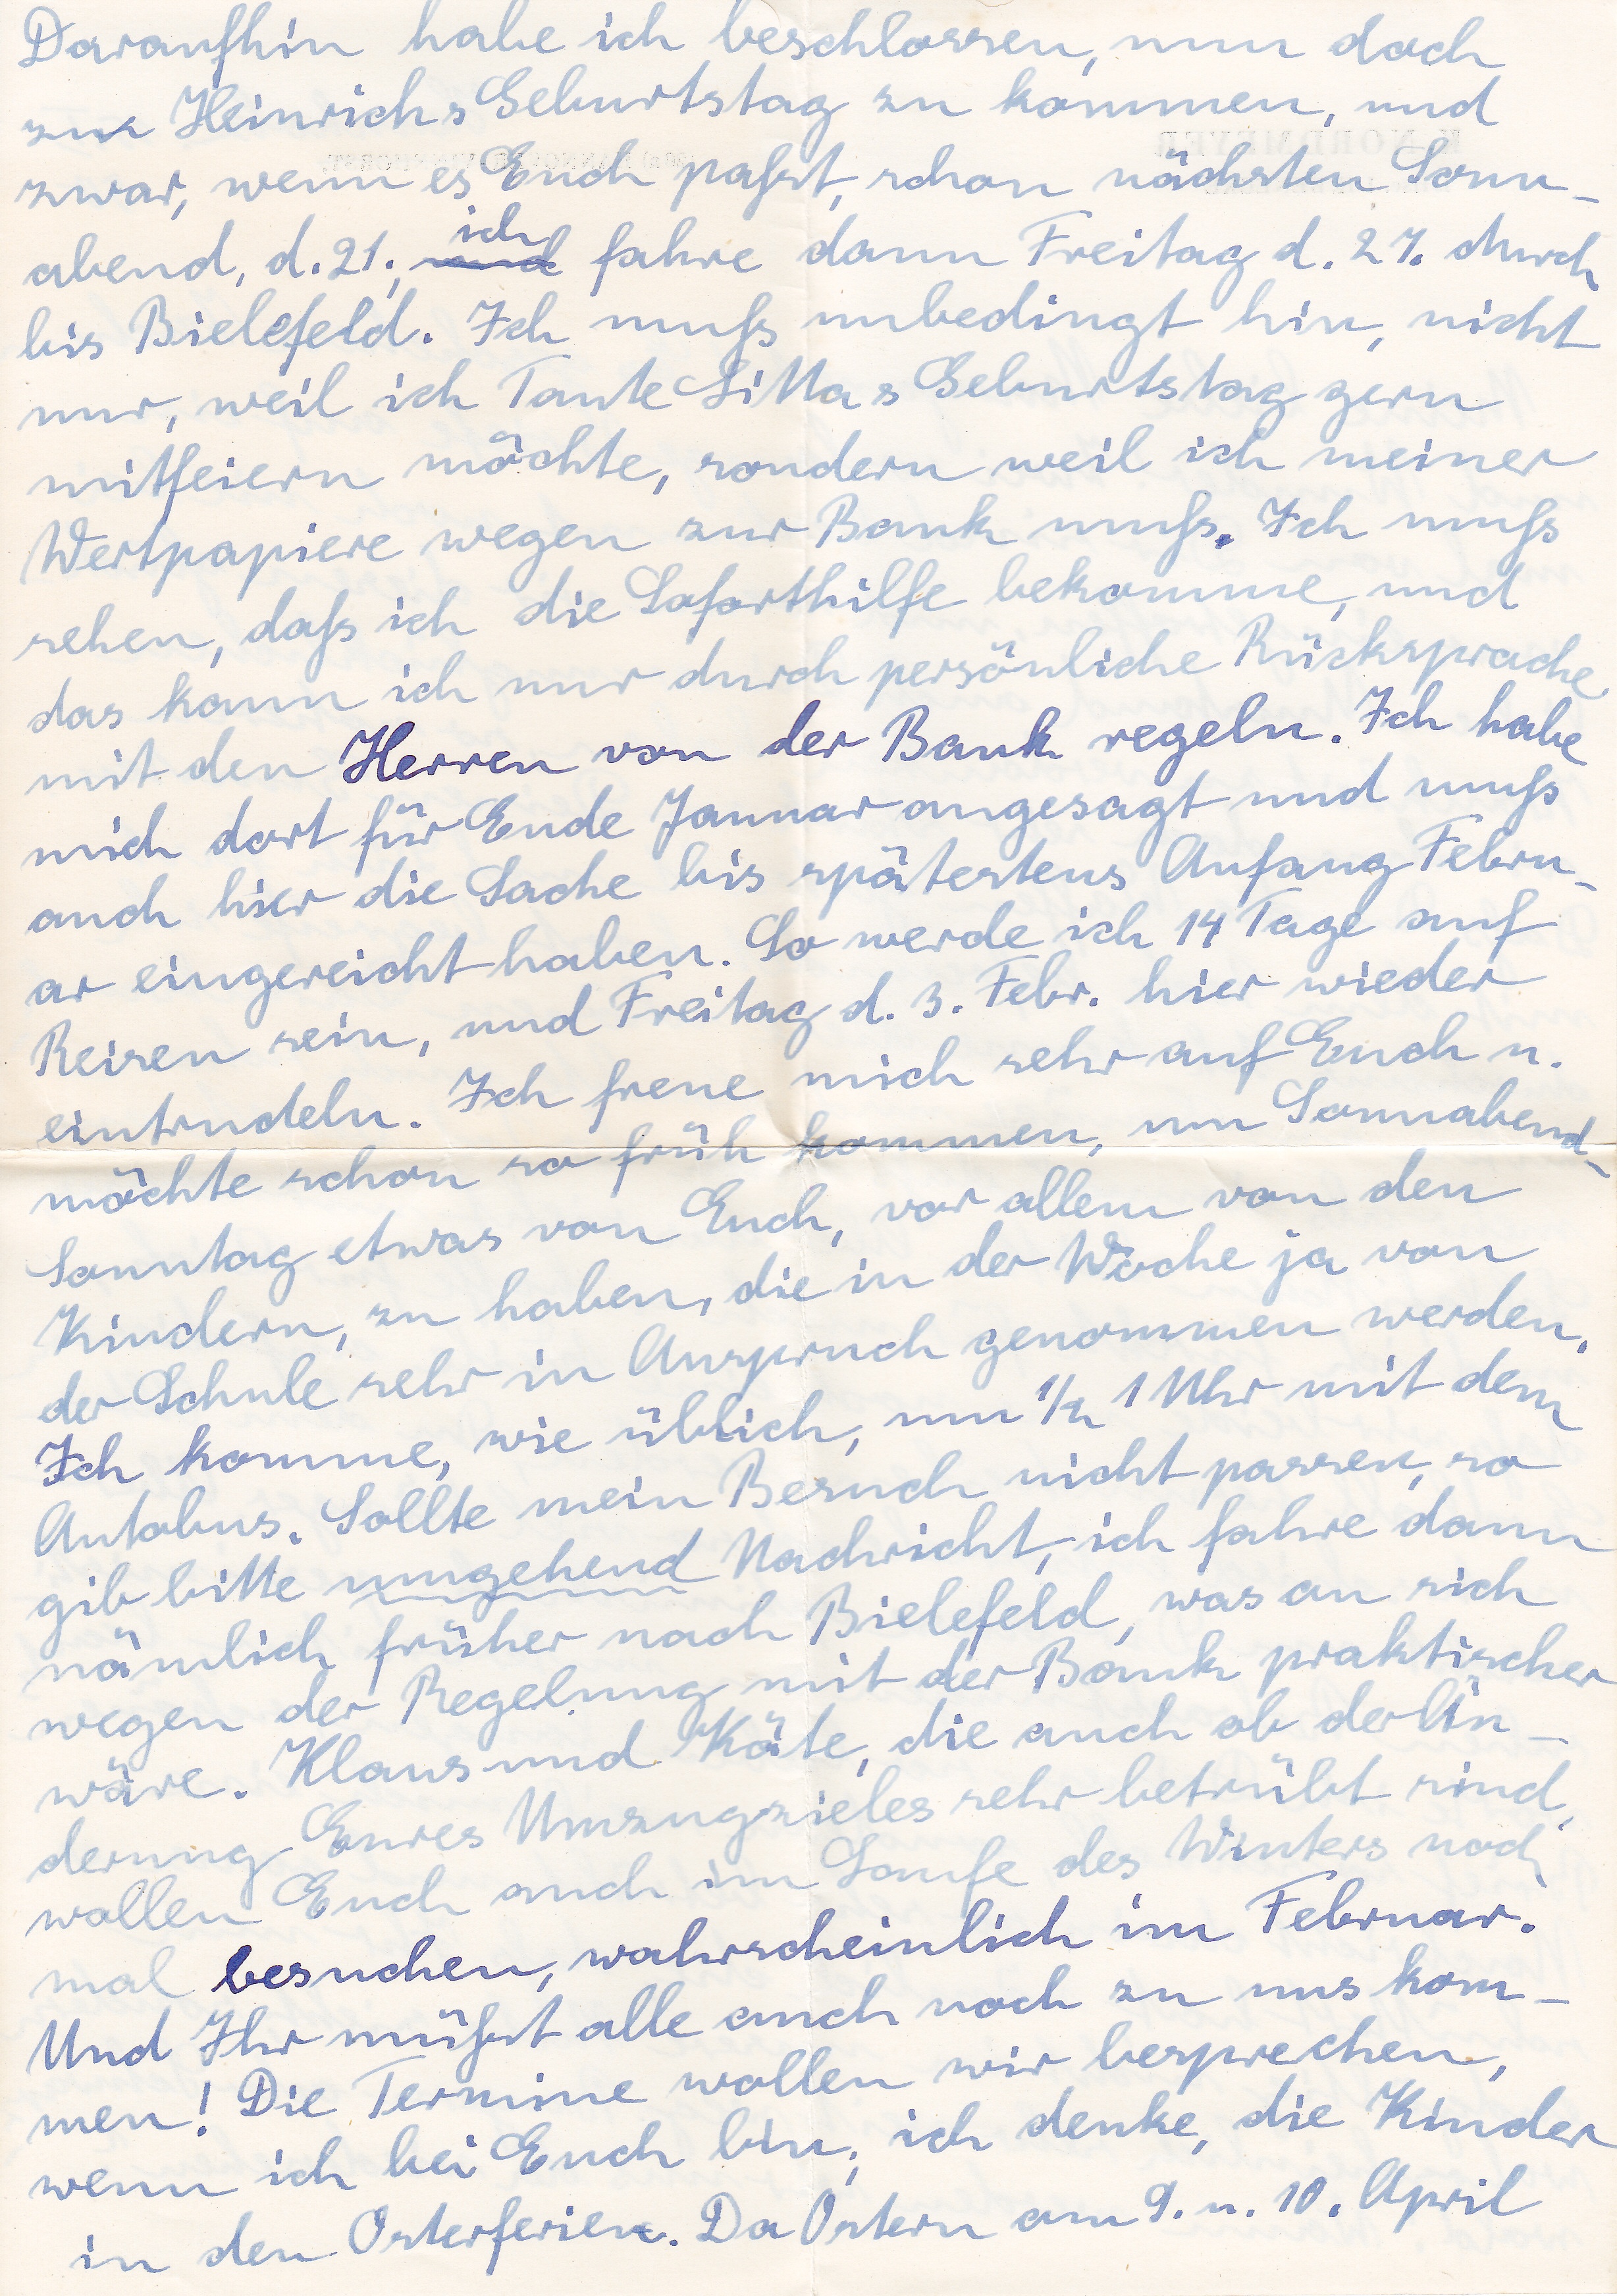
Daraufhin habe ich beschlossen, nun doch
zu Heinrich s Geburtstag zu kommen, und
zwar, wenn es Euch paßt, schon nächsten Sonn
ich
abend, d. 21. und fahre dann Freitag d. 27. durch
bis Bielefeld. Ich muß  unbedingt hin, nicht
nur, weil ich Tante Litta s Geburtstag gern
mitfeiern möchte, sondern weil ich meiner
Wertpapiere wegen zur Bank muß. Ich muß
sehen, daß ich die Soforthilfe bekomme, und
das kann ich nur durch persönliche Rücksprache
mit den Herren von der Bank regeln. Ich habe
mich dort für Ende Januar angesagt und muß
auch hier die Sache bis spätestens Anfang Febru
ar eingereicht haben. So werde ich 14 Tage auf
Reisen sein, und Freitag d. 3. Febr. hier wieder
eintrudeln. Ich freue mich sehr auf Euch u.
möchte schon so früh kommen um Sonnabend
Sonntag etwas von Euch, vor allem von den
Kindern, zu haben, die in der Woche ja von
der Schule sehr in Anspruch genommen werden.
Ich komme wie üblich, um ½ 1 Uhr mit dem
Autobus. Sollte mein Besuch nicht passen, so
gib bitte umgehend Nachricht, ich fahre dann
nämlich früher nach Bielefeld, was an sich
wegen der Regelung mit der Bank praktischer
wäre. Klaus und Käte, die auch ob der Än
derung Eures Umzugzieles sehr betrübt sind
wollen Euch auch im Laufe des Winters noch
mal besuchen, wahrscheinlich im Februar.
Und ihr müßtet alle auch noch zu uns kom
men! Die Termine wollen wir besprechen,
wenn ich bei Euch bin, ich denke, die Kinder
Osterferien. Da Ostern am 9. u. 10. April
in